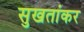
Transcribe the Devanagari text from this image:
सुखतांकर